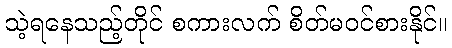
သဲ့ရနေသည့်တိုင် စကားလက် စိတ်မဝင်စားနိုင်။